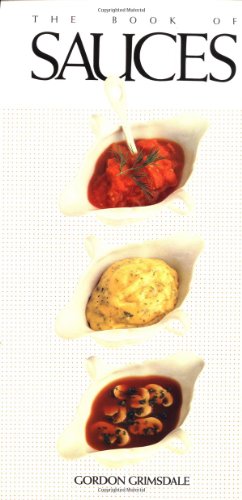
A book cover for The Book of Sauces; Gordon Grimsdale; Cookbooks, Food & Wine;